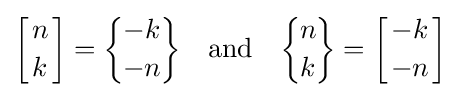
{\biggl [}{n \atop k}{\biggr ]}={\biggl \{}{\!-k\! \atop \!-n\!}{\biggr \}}\quad {\text{and}}\quad {\biggl \{}{\!n\! \atop \!k\!}{\biggr \}}={\biggl [}{-k \atop -n}{\biggr ]}